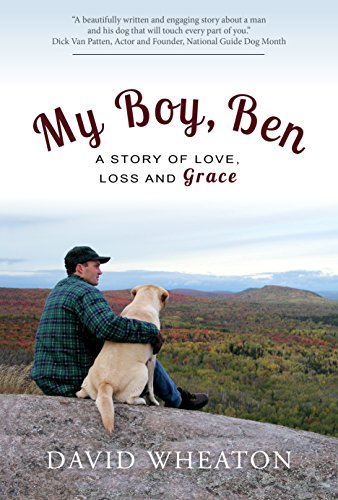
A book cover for My Boy, Ben: A Story of Love, Loss and Grace; David Wheaton; Crafts, Hobbies & Home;